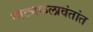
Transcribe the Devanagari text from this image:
नाट्यकलावंतांत